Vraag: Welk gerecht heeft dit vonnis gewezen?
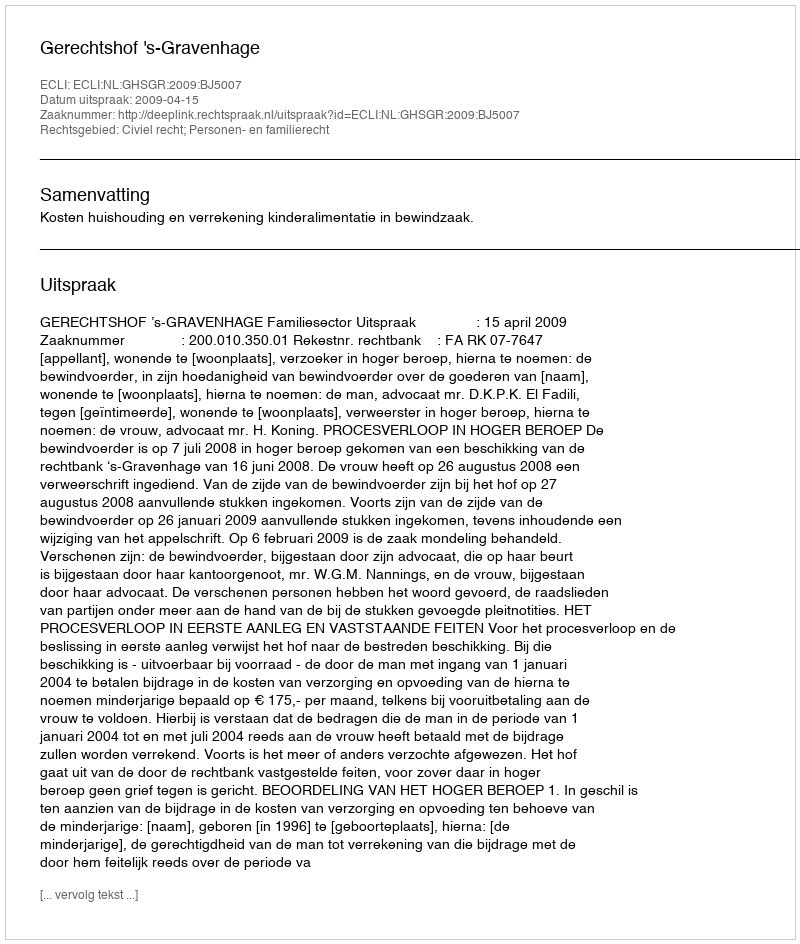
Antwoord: Gerechtshof 's-Gravenhage